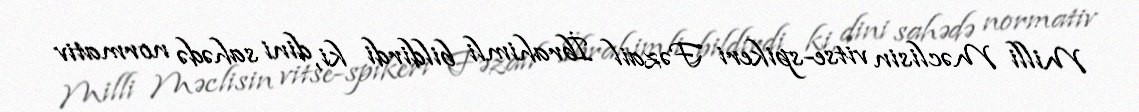
Milli Məclisin vitse-spikeri Fəzail İbrahimli bildirdi ki, dini sahədə normativ